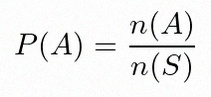
P(A)=\frac{n(A)}{n(S)}